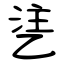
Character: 乼